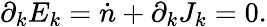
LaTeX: \partial_{k}E_{k}=\dot{n}+\partial_{k}J_{k}=0.